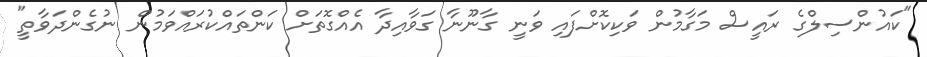
"ކައުންސިލްގެ ރައީސް މަގާމުން ވަކިކޮށްފައި ވަނީ ގާނޫނާ ގަވާއިދާ އެއްގޮތަށް ކަންތައްކުރައްވަމުން ނުގެންދަވާތީ"